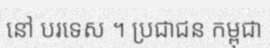
នៅ បរទេស ។ ប្រជាជន កម្ពុជា